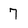
Character: 7